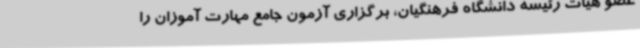
عضو هیات رئیسه دانشگاه فرهنگیان، برگزاری آزمون جامع مهارت آموزان را